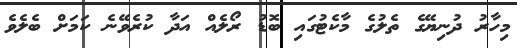
މިހާރު ދުނިޔޭގެ ތެލުގެ މާކެޓުގައި ބޮޑު ރޯލެއް އަދާ ކުރެވޭނެ ކަމަށް ބެލެވެ